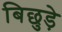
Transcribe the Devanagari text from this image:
बिछुड़े